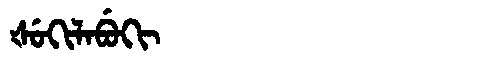
Manchu: ᡧᡠᡴᡳᠯᠠᠪᡠᡴᡳ
Romanization: ŠUKILABUKI